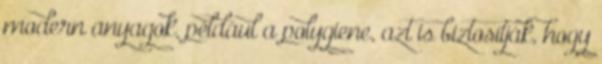
modern anyagok, például a polygiene, azt is biztosítják, hogy